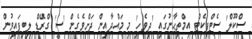
ސްކޫލް' ސެޓްފިކެޓް އިމްތިޙާނުގައި 'ދިވެހި' މި މައްދާއިން ދަށްވެގެން 'ސީ' ގްރޭޑް ލިބިފައިވުން